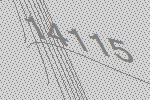
14115